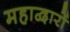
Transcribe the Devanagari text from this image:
महाद्वारों